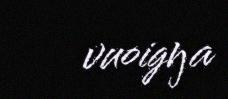
vuoigŋa